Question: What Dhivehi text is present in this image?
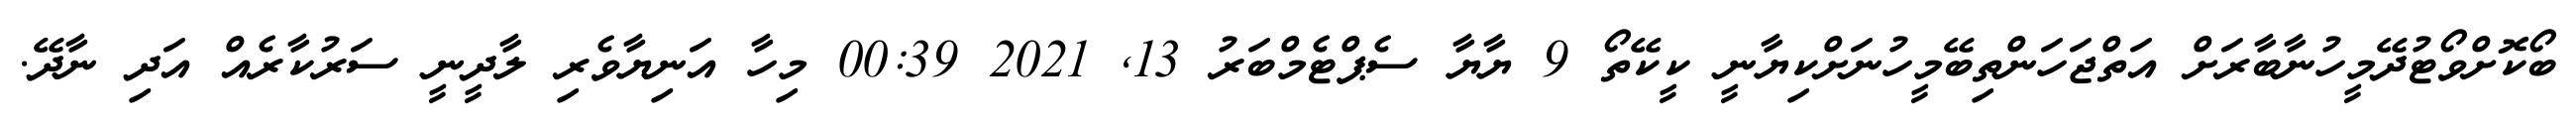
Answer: ބޯކޮށްވޯޓުދޭމީހުނާބާރަށް އަތްޖަހަންތިބޭމީހުނަށްކިޔާނީ ކީކޭތޯ 9 ޔާޔާ ސެޕްޓެމްބަރު 13, 2021 00:39 މިހާ އަނިޔާވެރި ލާދީނީ ސަރުކާރެއް އަދި ނާދޭ.